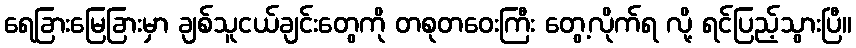
ရေခြားမြေခြားမှာ ချစ်သူငယ်ချင်းတွေကို တစုတဝေးကြီး တွေ့လိုက်ရ လို့ ရင်ပြည့်သွားပြီ။